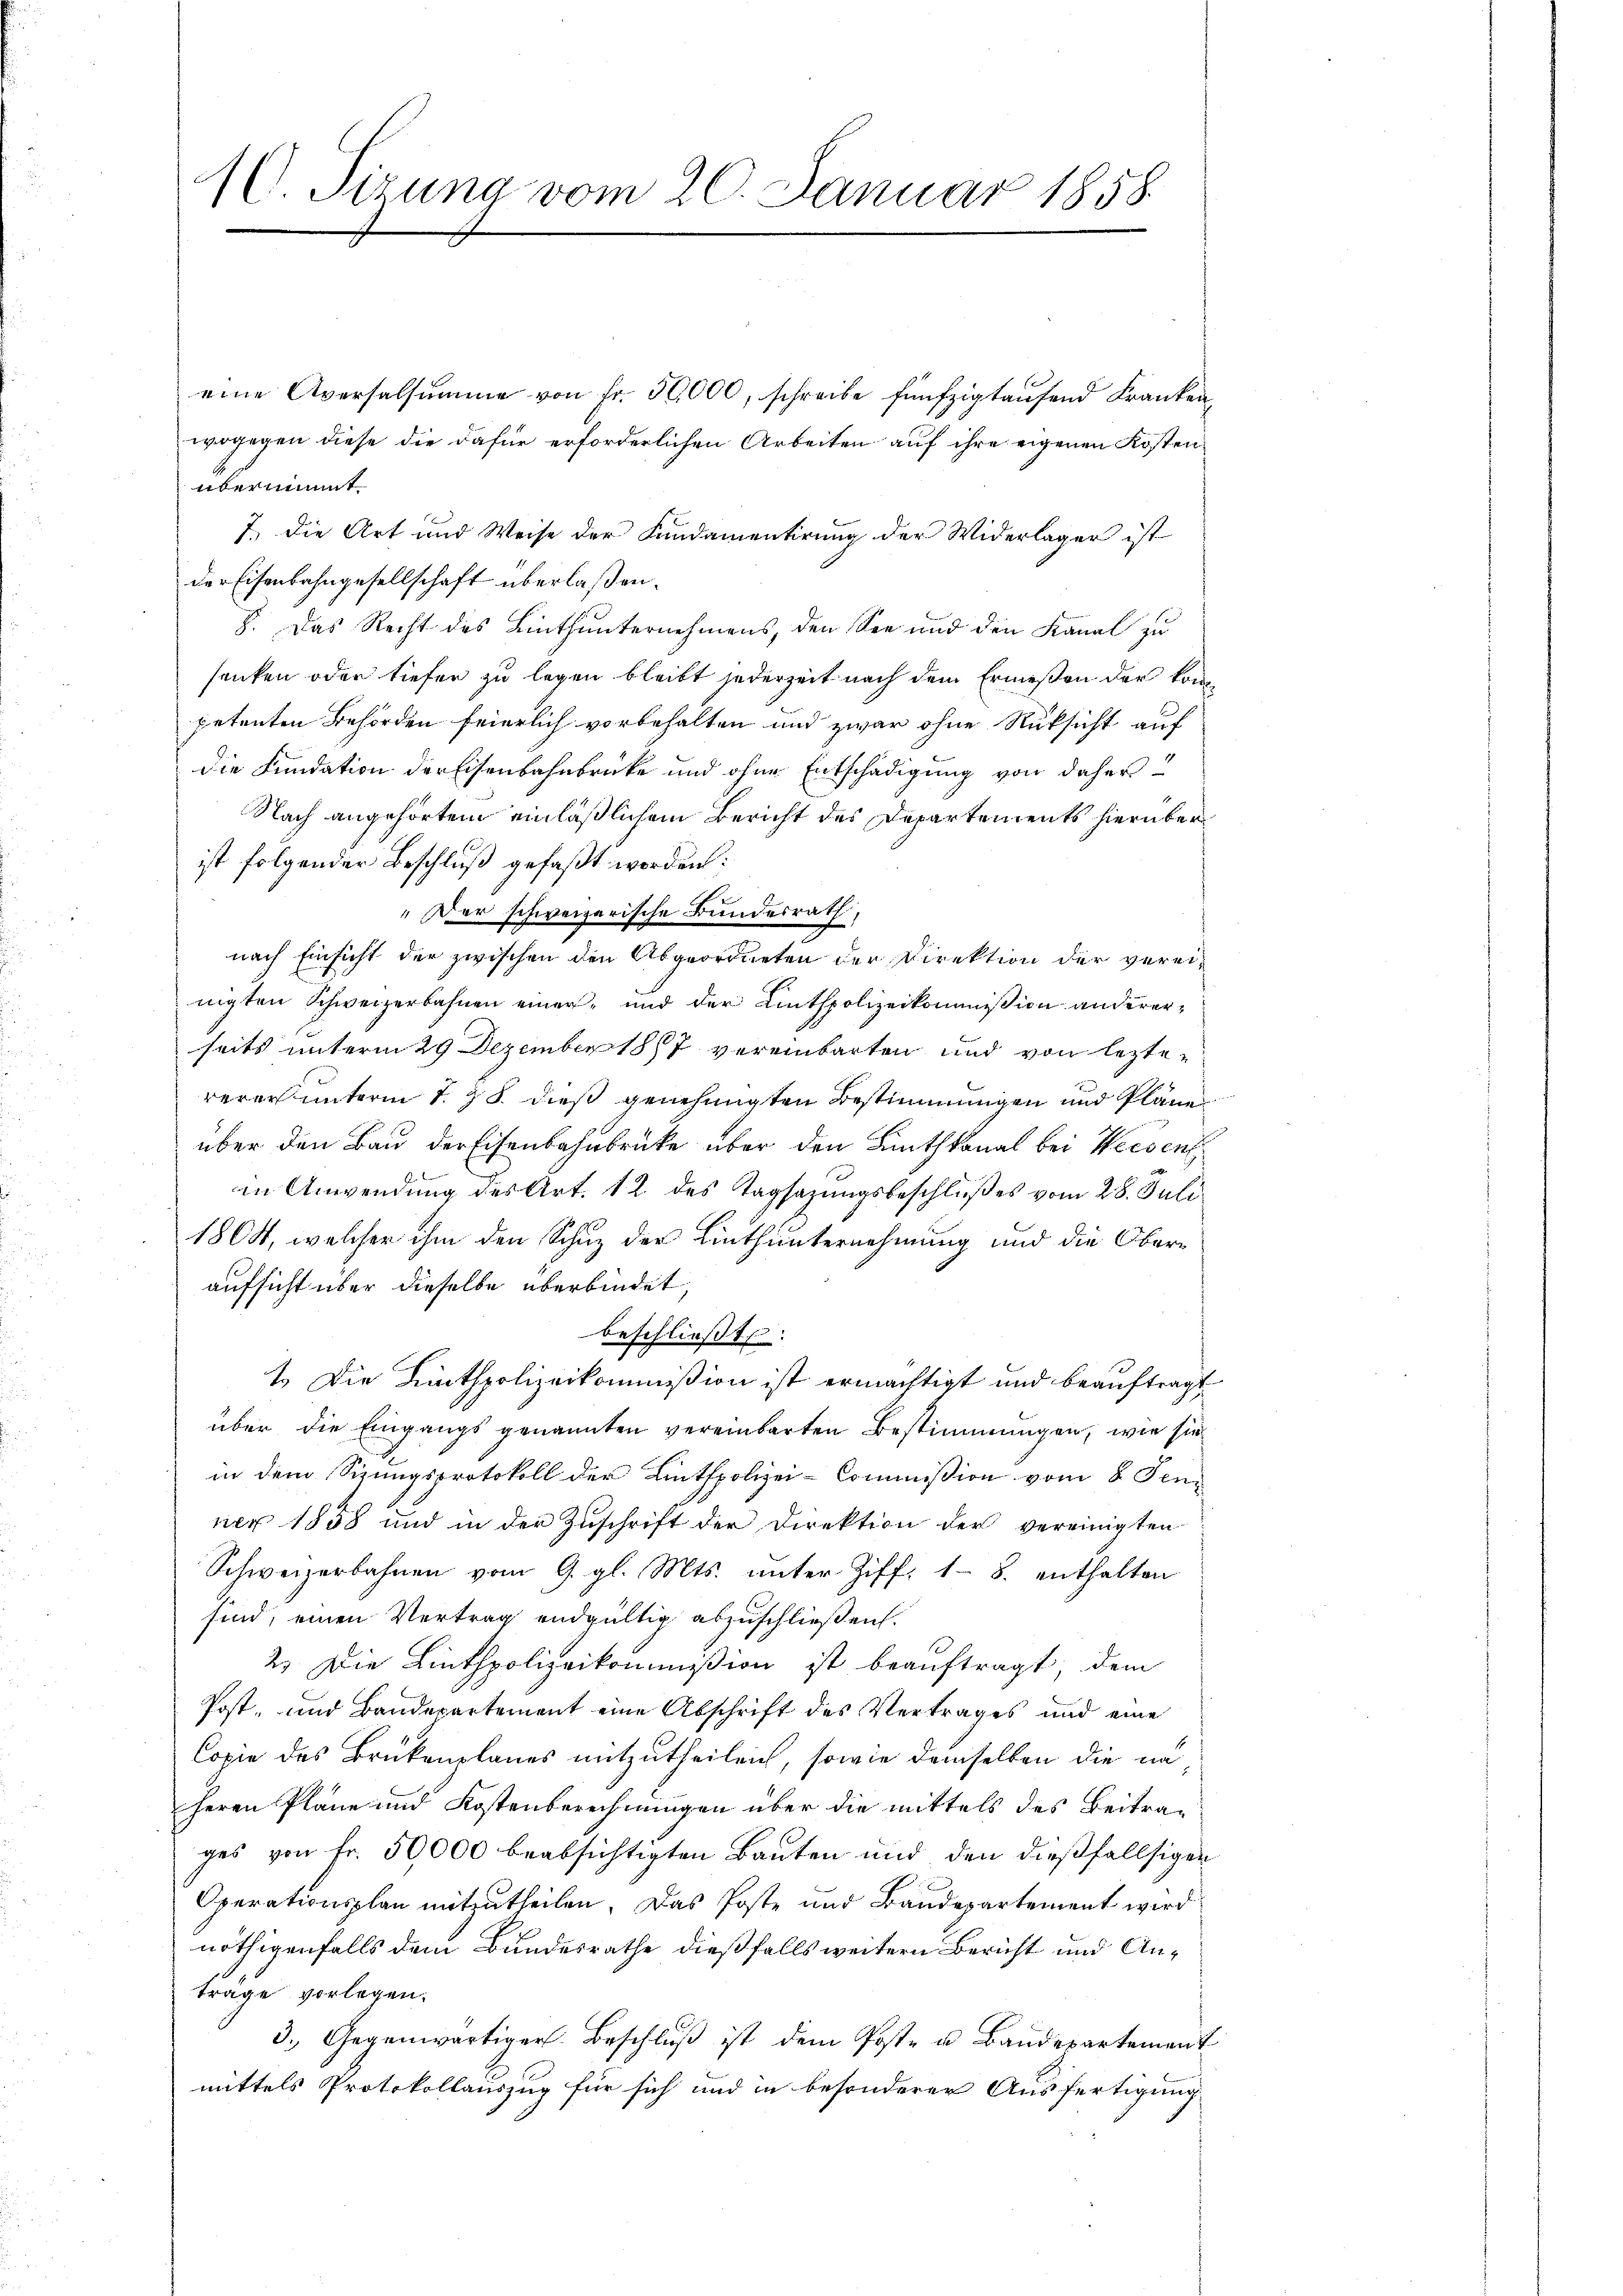
eine Aversalsumme von Fr. 50,000, schreibe fünfzigtaufend Franken,
wogegen diese die dafür erforderlichen Arbeiten auf ihre eigenen Kosten
übernimmt
7.) Die Art und Weise der Fundamentirung der Widerlager ist
der Eisenbahngesellschaft überlaßen.
8. Das Recht des Linthunternehmens, den See und den Kanal zu
senken oder tiefer zu legen bleibt jederzeit nach dem Ermeßen der kom
petenten Behörden feierlich vorbehalten und zwar ohne Rüksicht auf
die Fundation der Eisenbahnbrücke und ohne Entschädigung von daher
Nach angehörtem einläßlichem Bericht des Departements hierüber
ist folgender Beschluß gefaßt worden:
" Der schweizerische Bundesrath,
nach Einsicht der zwischen den Abgeordneten der Direktion der verei-
nigten Schweizerbahnen einer und der Linthpolizeikommißion andererseits unterm 29 Dezember 1887 vereinbarten und von lezte-
rerer unterm 1. & 8. dieß genehmigten Bestimmungen und Pläne
über den Bau der Eisenbahnbrücke über den Linthkanal bei Weesen
in Anwendung des Art. 12. des Tagsazungsbeschlußes vom 28. Juli
1804, welcher ihm den Schuz der Linthunternehmung und die Oberaufsicht über dieselbe überbindet,
beschließt:
1. Die Linthpolizeikommißion ist ermächtigt und beauftragt
über die Eingangs genannten vereinbarten Bestimmungen, wie sie
in dem Sizungsprotokoll der Linthpolizei-Commißion vom 8. Jen
ner 1858 und in der Zŭschrift der Direktion der vereinigten
Schweizerbahnen vom 9. gl. Mts. unter Ziff. 18. enthalten
sind, einen Vertrag endgültig abzuschließen.
2.) Die Linthpolizeikommißion ist beauftragt, dem
Post- und Bandepartement eine Abschrift des Vertrages und eine
Copie des Brükenplanes mitzutheilen, sowie demselben die na
herrn Pläne und Kostenberechnungen über die mittels des Beitrages von fr. 50000 beabsichtigten Bauten und den dießfallsigen
Operationsplan mitzutheilen. Das Poste und Baudepartement wird
nöthigenfalls dem Bundesrathe dießfalls weitern Bericht und Anträge vorlegen.
3.) Gegenwärtiger Beschlŭβ ist dem Poste u Baudepartement
mittels Protokollauszug für sich und in besonderer Ausfertigung

10. Sizung vom 20. Januar 1858.